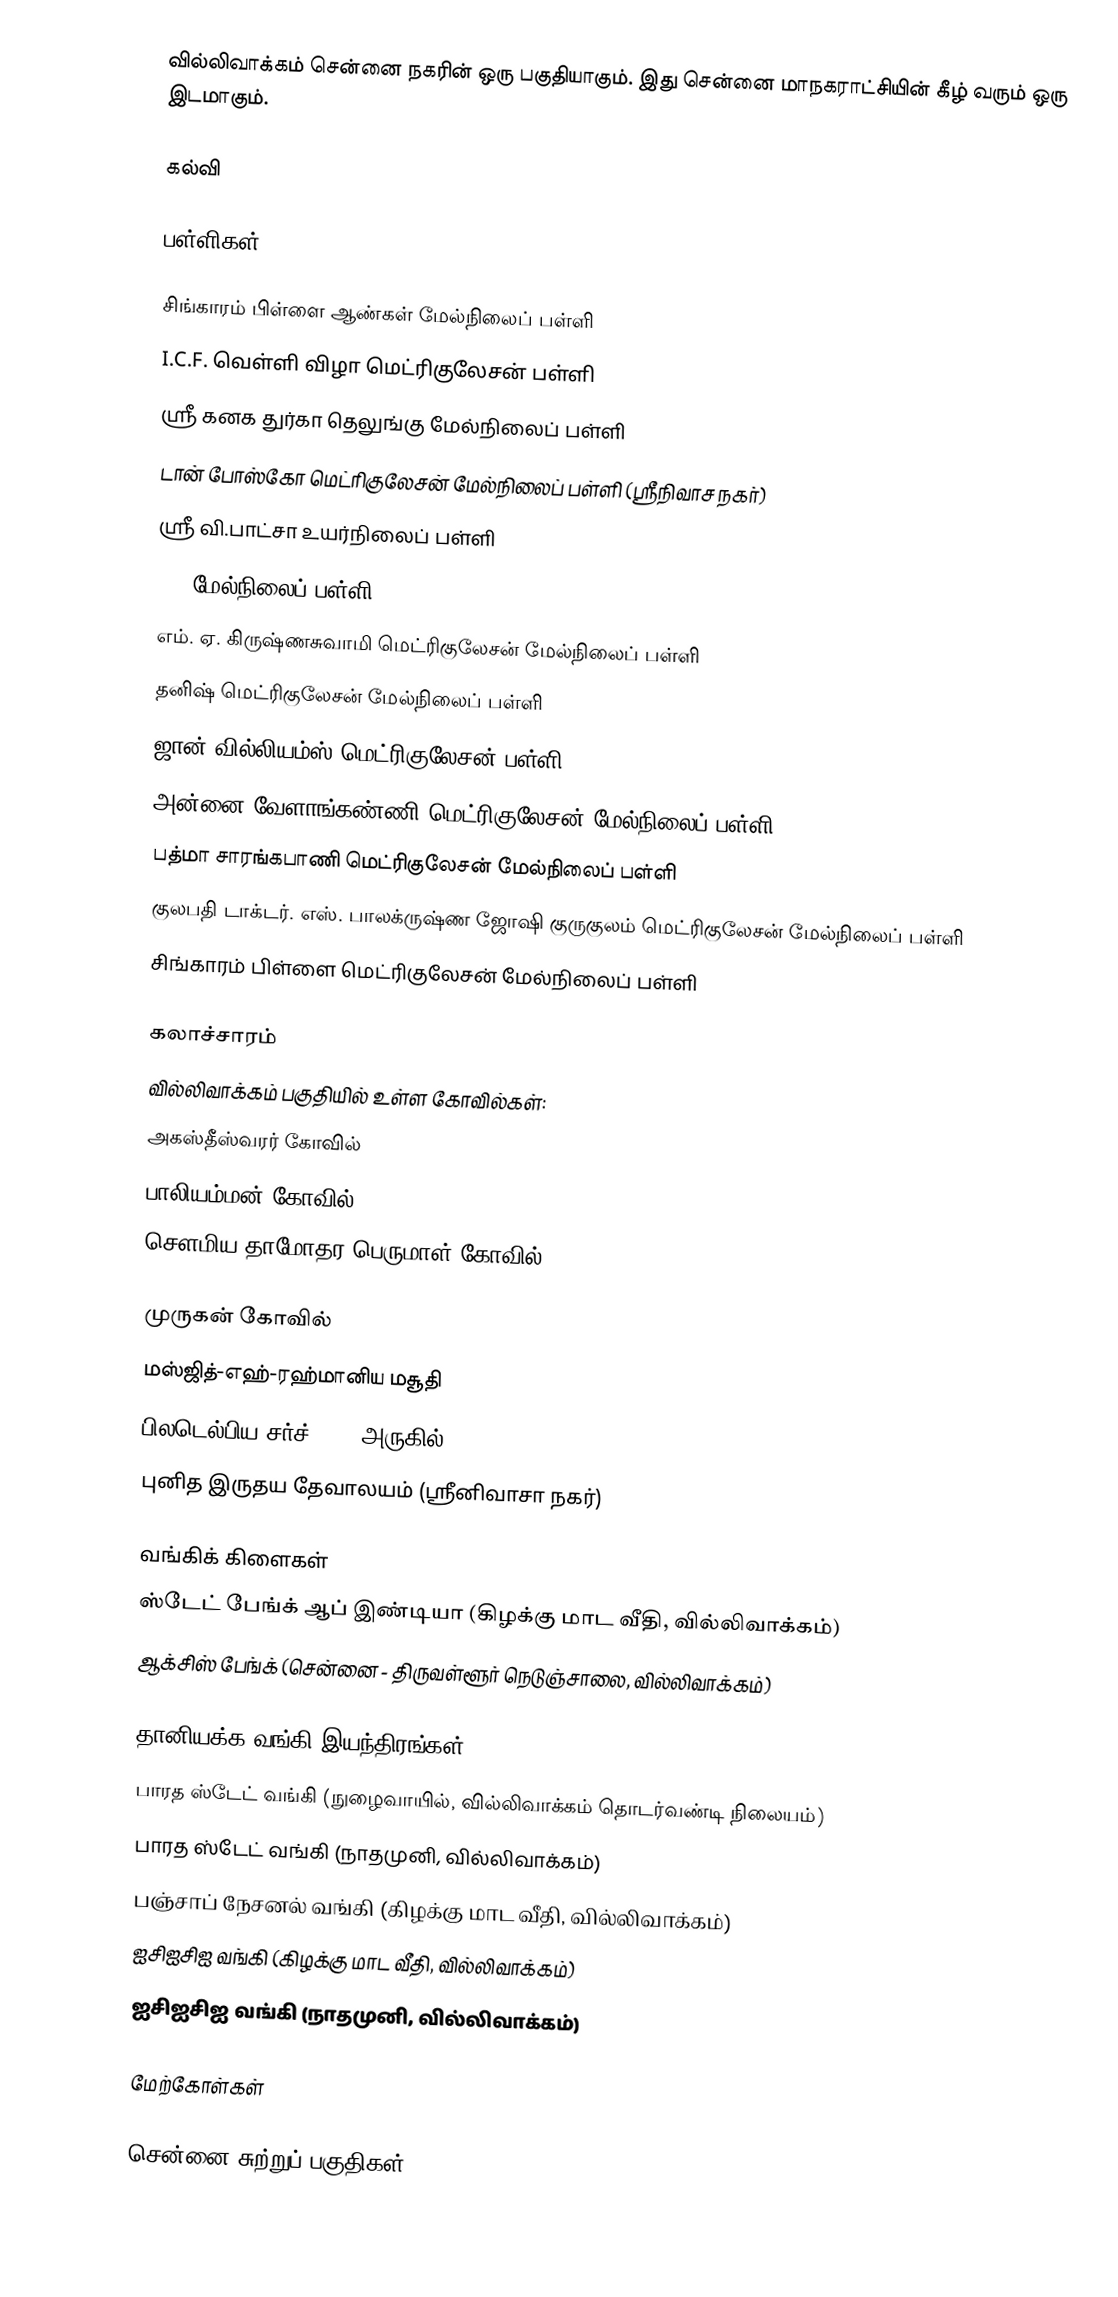
வில்லிவாக்கம் சென்னை நகரின் ஒரு பகுதியாகும். இது சென்னை மாநகராட்சியின் கீழ் வரும் ஒரு இடமாகும்.

கல்வி

பள்ளிகள்

சிங்காரம் பிள்ளை ஆண்கள் மேல்நிலைப் பள்ளி
I.C.F. வெள்ளி விழா மெட்ரிகுலேசன் பள்ளி
ஸ்ரீ கனக துர்கா தெலுங்கு மேல்நிலைப் பள்ளி
டான் போஸ்கோ மெட்ரிகுலேசன் மேல்நிலைப் பள்ளி (ஸ்ரீநிவாச நகர்)
ஸ்ரீ வி.பாட்சா உயர்நிலைப் பள்ளி
ICF மேல்நிலைப் பள்ளி
எம். ஏ. கிருஷ்ணசுவாமி மெட்ரிகுலேசன் மேல்நிலைப் பள்ளி
தனிஷ் மெட்ரிகுலேசன் மேல்நிலைப் பள்ளி
ஜான் வில்லியம்ஸ் மெட்ரிகுலேசன் பள்ளி
அன்னை வேளாங்கண்ணி மெட்ரிகுலேசன் மேல்நிலைப் பள்ளி
பத்மா சாரங்கபாணி மெட்ரிகுலேசன் மேல்நிலைப் பள்ளி
குலபதி டாக்டர். எஸ். பாலக்ருஷ்ண ஜோஷி குருகுலம் மெட்ரிகுலேசன் மேல்நிலைப் பள்ளி
சிங்காரம் பிள்ளை மெட்ரிகுலேசன் மேல்நிலைப் பள்ளி

கலாச்சாரம்
வில்லிவாக்கம் பகுதியில் உள்ள கோவில்கள்:
அகஸ்தீஸ்வரர் கோவில்
பாலியம்மன் கோவில்
சௌமிய தாமோதர பெருமாள் கோவில்

முருகன் கோவில்
மஸ்ஜித்-எஹ்-ரஹ்மானிய மசூதி
பிலடெல்பிய சர்ச் (ICF அருகில்)
புனித இருதய தேவாலயம் (ஸ்ரீனிவாசா நகர்)

வங்கிக் கிளைகள்
 ஸ்டேட் பேங்க் ஆப் இண்டியா (கிழக்கு மாட வீதி, வில்லிவாக்கம்)
 ஆக்சிஸ் பேங்க் (சென்னை - திருவள்ளூர் நெடுஞ்சாலை, வில்லிவாக்கம்)

தானியக்க வங்கி இயந்திரங்கள்
 பாரத ஸ்டேட் வங்கி (நுழைவாயில், வில்லிவாக்கம் தொடர்வண்டி நிலையம்)
 பாரத ஸ்டேட் வங்கி (நாதமுனி, வில்லிவாக்கம்)
 பஞ்சாப் நேசனல் வங்கி (கிழக்கு மாட வீதி, வில்லிவாக்கம்)
 ஐசிஐசிஐ வங்கி (கிழக்கு மாட வீதி, வில்லிவாக்கம்)
 ஐசிஐசிஐ வங்கி (நாதமுனி, வில்லிவாக்கம்)

மேற்கோள்கள்

சென்னை சுற்றுப் பகுதிகள்